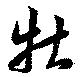
牡